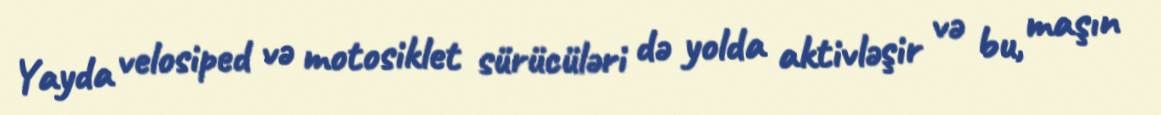
Yayda velosiped və motosiklet sürücüləri də yolda aktivləşir və bu, maşın